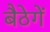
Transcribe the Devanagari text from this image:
बैठेगें